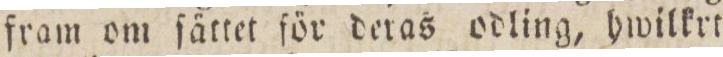
fram om ſåttet för deras odling, hwilkrt=